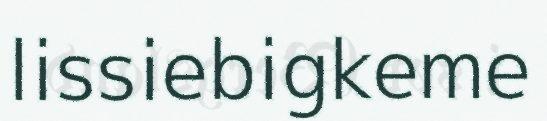
lissiebigkeme